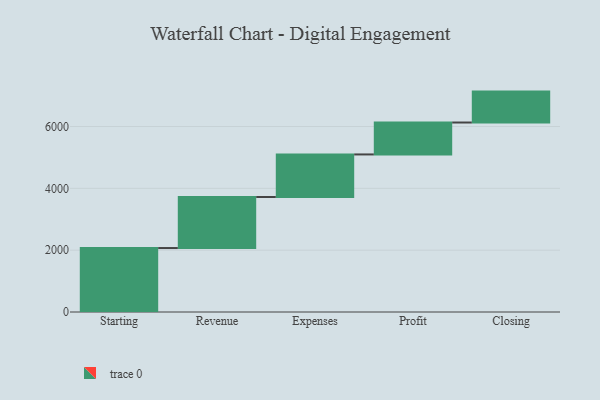
{"axis": {"x": "Step", "y": "Value"}, "legend": [""], "data": [{"x": "Starting", "y": 2069.0, "type": ""}, {"x": "Revenue", "y": 1652.0, "type": ""}, {"x": "Expenses", "y": 1376.0, "type": ""}, {"x": "Profit", "y": 1033.0, "type": ""}, {"x": "Closing", "y": 1000, "type": ""}]}